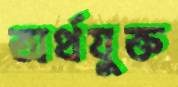
অর্থযুক্ত